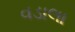
વડાલા